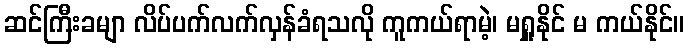
ဆင်ကြီးခမျာ လိပ်ပက်လက်လှန်ခံရသလို ကူကယ်ရာမဲ့၊ မရှူနိုင် မ ကယ်နိုင်။